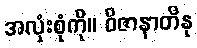
အလုံးစုံကို။ ဝိဇာနာတိနု